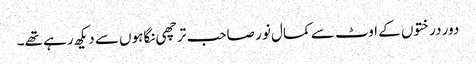
دور درختوں کے اوٹ سے کمال نور صاحب ترچھی نگاہوں سے دیکھ رہے تھے۔